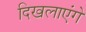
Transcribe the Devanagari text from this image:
दिखलाएंगे